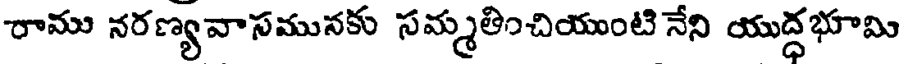
రాము నరణ్యవాసమునకు సమ్మతించియుంటి నేని యుద్ధభూమి